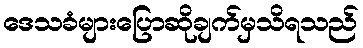
ဒေသခံများပြောဆိုချက်မှသိရသည်